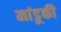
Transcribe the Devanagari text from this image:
मांडूकी